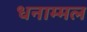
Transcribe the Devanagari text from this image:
धनाम्मल